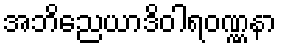
အဘိညေယာဒိဝါရဝဏ္ဏနာ